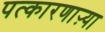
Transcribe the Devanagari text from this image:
पत्कारणाऱ्या